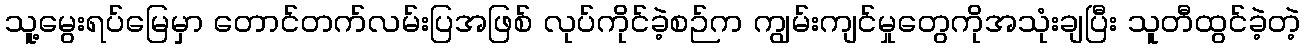
သူ့မွေးရပ်မြေမှာ တောင်တက်လမ်းပြအဖြစ် လုပ်ကိုင်ခဲ့စဉ်က ကျွမ်းကျင်မှုတွေကိုအသုံးချပြီး သူတီထွင်ခဲ့တဲ့